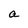
Character: a